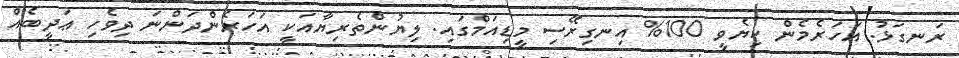
ރަނގަޅު. އަހަރެމެން ކިޔެވީ 100% އިނގިރޭސި މީޑިއަމްގައި. ލިޔުންތެރިޔާއަކީ އަހަރެންދަންނަ ދިވެހި ޢަދީބެއް